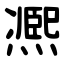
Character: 凞